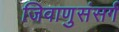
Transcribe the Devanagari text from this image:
जिवाणुसंसर्ग